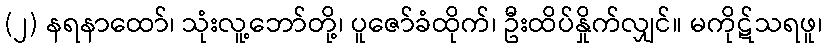
(၂) နရနာထော်၊ သုံးလူ့ဘော်တို့၊ ပူဇော်ခံထိုက်၊ ဦးထိပ်နှိုက်လျှင်။ မကိုဋ်သရဖူ၊